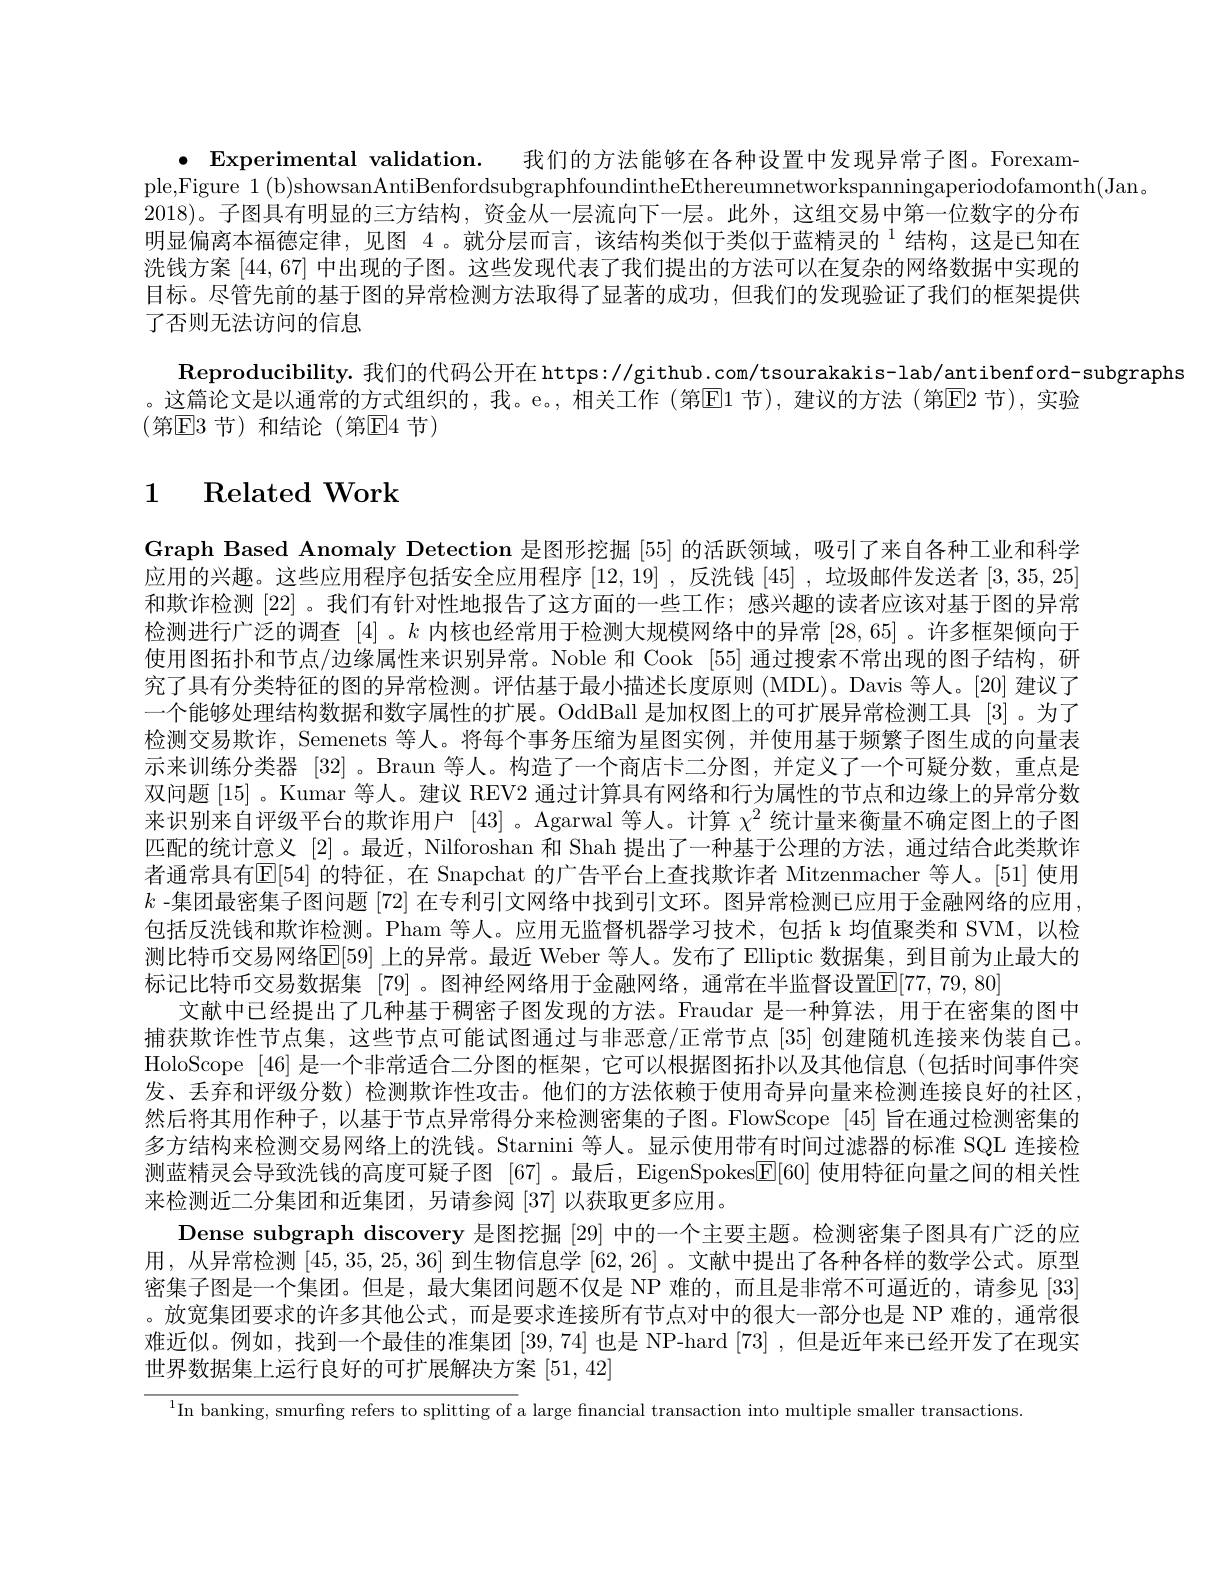
$\bullet$ Experimental validation. 我们的方法能够在各种设置中发现异常子图。Forexam-
ple,Figure 1 (b)showsanAntiBenfordsubgraphfoundintheEthereumnetworkspanningaperiodofamonth(Jan。
2018)。子图具有明显的三方结构，资金从一层流向下一层。此外，这组交易中第一位数字的分布明显偏离本福德定律，见图 4。就分层而言，该结构类似于类似于蓝精灵的$^{1}$ 结构，这是已知在洗钱方案 [44,67] 中出现的子图。这些发现代表了我们提出的方法可以在复杂的网络数据中实现的目标。尽管先前的基于图的异常检测方法取得了显著的成功，但我们的发现验证了我们的框架提供了否则无法访问的信息

$\textbf{Reproducibility. 我 们 的 代 码 公 开 在 https: }/ /$github. com/ tsourakakis- lab/ antibenford- subgraphs
。这篇论文是以通常的方式组织的，我。e。,相关工作(第|El 节),建议的方法(第|El2 节),实验
(第E|3节)和结论(第E|4节)

# 1 Related Work

Graph Based Anomaly Detection 是图形挖掘 [55] 的活跃领域，吸引了来自各种工业和科学应用的兴趣。这些应用程序包括安全应用程序[12,19] ,反洗钱[45] ,垃圾邮件发送者[3,35,25] 和欺诈检测[22] 。我们有针对性地报告了这方面的一些工作；感兴趣的读者应该对基于图的异常检测进行广泛的调查[4] 。$k$内核也经常用于检测大规模网络中的异常[28,65] 。许多框架倾向于使用图拓扑和节点/边缘属性来识别异常。Noble 和 Cook [55] 通过搜索不常出现的图子结构，研究了具有分类特征的图的异常检测。评估基于最小描述长度原则 (MDL)。Davis 等人。[20] 建议了一个能够处理结构数据和数字属性的扩展。OddBall 是加权图上的可扩展异常检测工具[3] 。为了检测交易欺诈，Semenets 等人。将每个事务压缩为星图实例，并使用基于频繁子图生成的向量表示来训练分类器[32]。Braun 等人。构造了一个商店卡二分图，并定义了一个可疑分数，重点是双问题 [15]。Kumar 等人。建议 REV2 通过计算具有网络和行为属性的节点和边缘上的异常分数来识别来自评级平台的欺诈用户[43] 。Agarwal 等人。计算$\chi^2$统计量来衡量不确定图上的子图匹配的统计意义[2] 。最近，Nilforoshan 和 Shah 提出了一种基于公理的方法，通过结合此类欺诈者通常具有E[54] 的特征，在 Snapchat 的广告平台上查找欺诈者 Mitzenmacher 等人。[51] 使用$k$ -集团最密集子图问题 [72] 在专利引文网络中找到引文环。图异常检测已应用于金融网络的应用， 包括反洗钱和欺诈检测。Pham 等人。应用无监督机器学习技术，包括 k 均值聚类和 SVM,以检测比特币交易网络$\mathbb{E}[59]$ 上的异常。最近 Weber 等人。发布了 Elliptic 数据集，到目前为止最大的标记比特币交易数据集 [79]。图神经网络用于金融网络，通常在半监督设置[E[77,79,80]
文献中已经提出了几种基于稠密子图发现的方法。Fraudar 是一种算法，用于在密集的图中捕获欺诈性节点集，这些节点可能试图通过与非恶意/正常节点[35]创建随机连接来伪装自己。HoloScope [46]是一个非常适合二分图的框架，它可以根据图拓扑以及其他信息 (包括时间事件突发、丢弃和评级分数) 检测欺诈性攻击。他们的方法依赖于使用奇异向量来检测连接良好的社区， 然后将其用作种子，以基于节点异常得分来检测密集的子图。FlowScope [45]旨在通过检测密集的多方结构来检测交易网络上的洗钱。Starnini 等人。显示使用带有时间过滤器的标准 SQL 连接检测蓝精灵会导致洗钱的高度可疑子图[67] 。最后，EigenSpokes$\mathbb{E}[60]$使用特征向量之间的相关性来检测近二分集团和近集团，另请参阅[37]以获取更多应用。
Dense subgraph discovery 是图挖掘[29]中的一个主要主题。检测密集子图具有广泛的应用，从异常检测[45,35,25,36]到生物信息学[62,26] 。文献中提出了各种各样的数学公式。原型密集子图是一个集团。但是，最大集团问题不仅是 NP 难的，而且是非常不可逼近的，请参见 [33] 。放宽集团要求的许多其他公式，而是要求连接所有节点对中的很大一部分也是 NP 难的，通常很难近似。例如，找到一个最佳的准集团[39,74] 也是 NP-hard [73], 但是近年来已经开发了在现实世界数据集上运行良好的可扩展解决方案[51,42]
$^1$In banking, smurfng refers to splitting of a large financial transaction into multiple smaller transactions